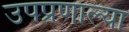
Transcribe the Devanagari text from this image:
उपप्रणाल्या